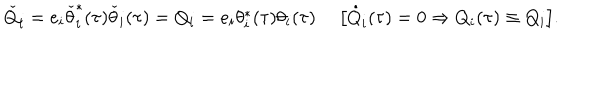
LaTeX: { \check { Q } } _ { i } = e _ { i } \check { \theta } _ { i } ^ { \ast } ( \tau ) \check { \theta } _ { i } ( \tau ) = Q _ { i } = e _ { i } \theta _ { i } ^ { \ast } ( \tau ) \theta _ { i } ( \tau ) ~ ~ \big [ \dot { Q } _ { i } ( \tau ) = 0 \Rightarrow Q _ { i } ( \tau ) \equiv Q _ { i } \big ] .